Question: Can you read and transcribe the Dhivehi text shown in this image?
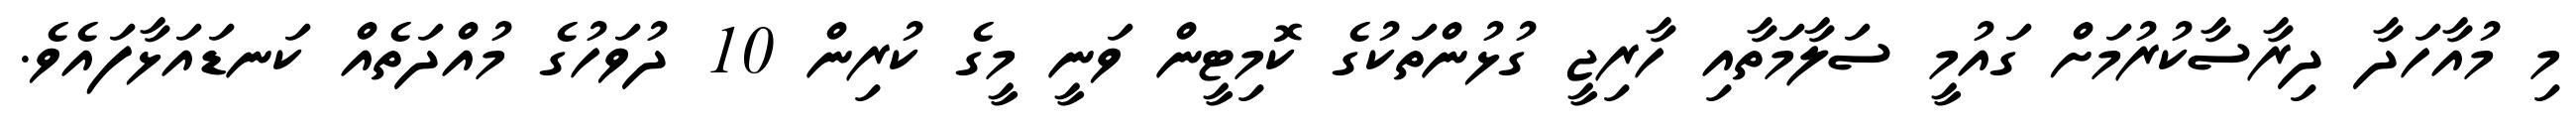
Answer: މި މުއާހަދާ ދިރާސާކުރުމަށް ގައުމީ ސަލާމަތާއި ހާރިޖީ ގުޅުންތަކުގެ ކޮމިޓީން ވަނީ މީގެ ކުރިން 10 ދުވަހުގެ މުއްދަތެއް ކަނޑައަޅާފައެވެ.